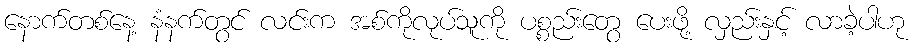
နောက်တစ်နေ့ နံနက်တွင် လင်းက အစ်ကိုလုပ်သူကို ပစ္စည်းတွေ ပေးဖို့ လှည်းနှင့် လာခဲ့ပါဟု